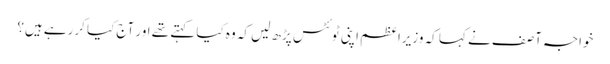
خواجہ آصف نے کہا کہ وزیراعظم اپنی ٹوئٹس پڑھ لیں کہ وہ کیا کہتے تھے اور آج کیا کررہے ہیں؟